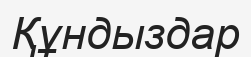
Құндыздар